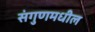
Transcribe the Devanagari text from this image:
संगुणमधील